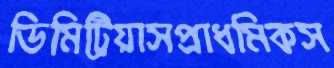
ডিমিট্রিয়াসপ্রাধমিকস